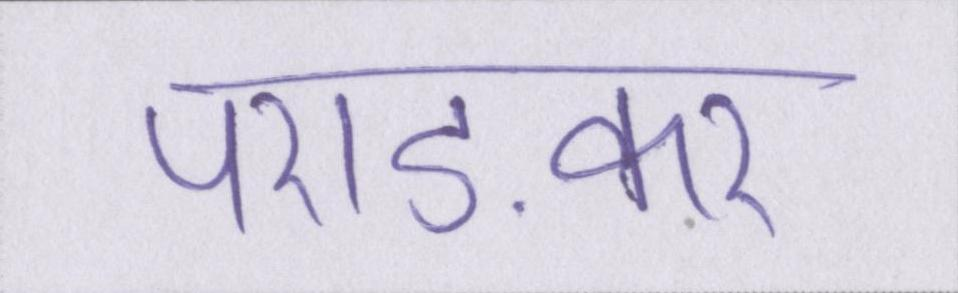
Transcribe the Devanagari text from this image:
पराड़कर